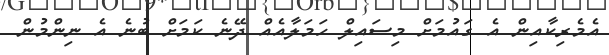
އެމެރިކާއިން އެ ގައުމަށް މިސައިލް ހަމަލާއެއް ދޭނެ ކަމަށް ބުނެ އެ ނިންމުން